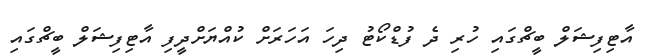
އާޓިފިޝަލް ބީޗްގައި ހުރި ދެ ފުޑްކޯޓު ދިހަ އަހަރަށް ކުއްޔަށްދީފި އާޓިފިޝަލް ބީޗްގައި